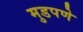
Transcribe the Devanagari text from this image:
मुडपणे